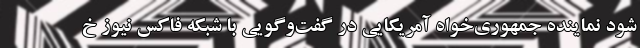
شود نماینده جمهوری‌خواه آمریکایی در گفت‌وگویی با شبکه فاکس نیوز خ